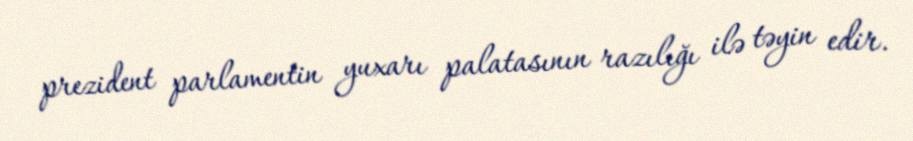
prezident parlamentin yuxarı palatasının razılığı ilə təyin edir.